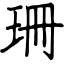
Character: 珊